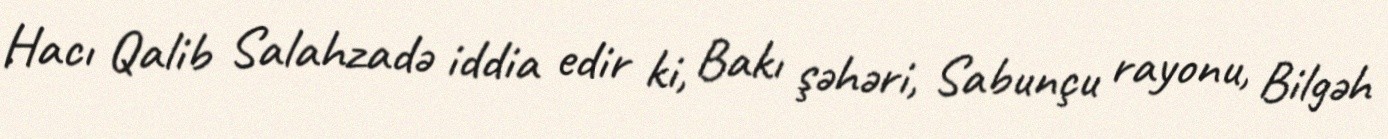
Hacı Qalib Salahzadə iddia edir ki, Bakı şəhəri, Sabunçu rayonu, Bilgəh